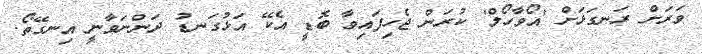
ވަރަށް ރަނގަޅަށް 'އޯވާހޯލް' ކުރަން ޖެހިފައިވާ ބޮޑީ އެކޭ އަޅުގަނޑު ދަންނަވާނީ އިނގޭތޯ.